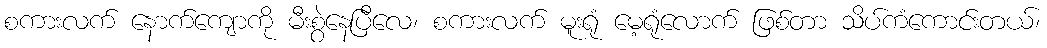
စကားလက် နောက်ကျောကို မီးစွဲနေပြီလေ၊ စကားလက် မူးရုံ မေ့ရုံလောက် ဖြစ်တာ သိပ်ကံကောင်းတယ်၊